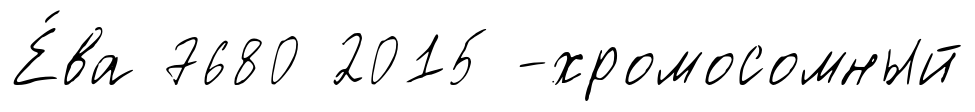
Е́ва 7680 2015 -хромосомный